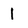
Character: 1